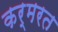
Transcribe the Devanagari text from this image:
कर्मरत